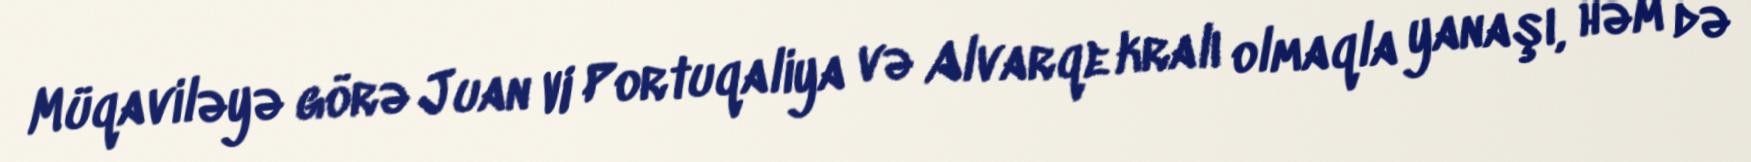
Müqaviləyə görə Juan VI Portuqaliya və Alvarqe kralı olmaqla yanaşı, həm də